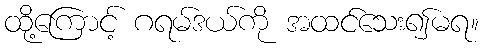
ထို့ကြောင့် ဂရမ်ဒယ်ကို အထင်သေး၍မရ။